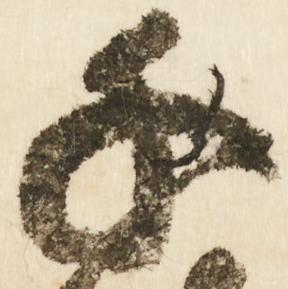
千